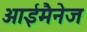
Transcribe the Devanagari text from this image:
आईमैनेज